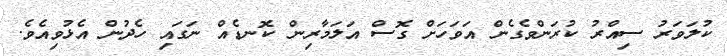
ކުލަވަރު ސިއްރު ކުރަންވެގެން އަވަހަށް ގޮސް އަލަމާރިން ކޮނޑެއް ނަގައި ހެދުން އެޅުވިއެވެ.